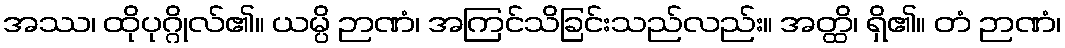
အဿ၊ ထိုပုဂ္ဂိုလ်၏။ ယမ္ပိ ဉာဏံ၊ အကြင်သိခြင်းသည်လည်း။ အတ္ထိ၊ ရှိ၏။ တံ ဉာဏံ၊